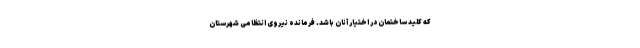
که کلید ساختمان در اختیار آنان باشد. فرمانده نیروی انتظامی شهرستان